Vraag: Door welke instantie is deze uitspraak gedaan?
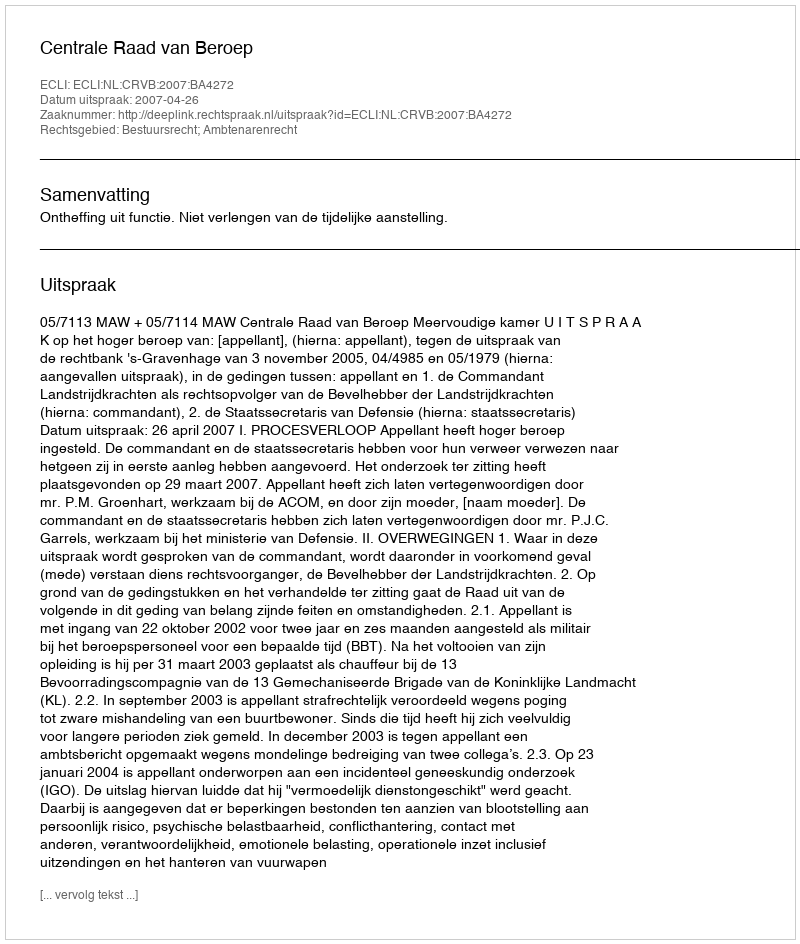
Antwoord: Centrale Raad van Beroep